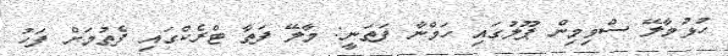
ހުޅުމާލޭ ސްވިމިން ޕޫލުގައި ހަމްނާ ފަތަނީ: މާލޭ ފަތާ ޓްރެކްގައި ފެތުމަށް ފަހު